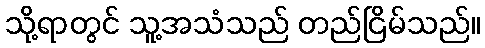
သို့ရာတွင် သူ့အသံသည် တည်ငြိမ်သည်။